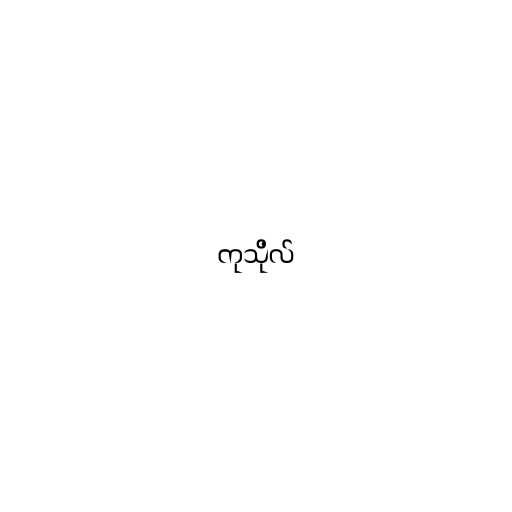
ကုသိုလ်